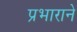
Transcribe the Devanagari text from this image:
प्रभाराने